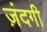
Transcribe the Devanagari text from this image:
ज़ंदगी